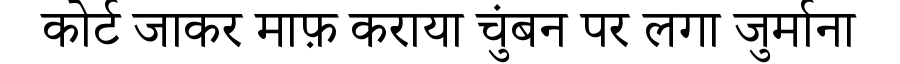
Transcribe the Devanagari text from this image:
कोर्ट जाकर माफ़ कराया चुंबन पर लगा जुर्माना